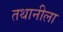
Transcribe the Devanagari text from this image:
तथानीला